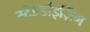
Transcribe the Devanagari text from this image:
स्टैंडर्डाइज़िंग